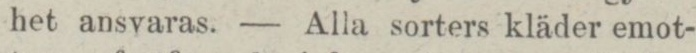
het ansvaras. — Alla sorters kläder emot-